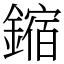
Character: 鏥